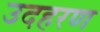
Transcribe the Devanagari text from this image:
उदहरण